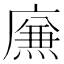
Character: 㢘